King Institute of Preventive Medicine Micro-Biological Section reports 1909-11
Year: 1909
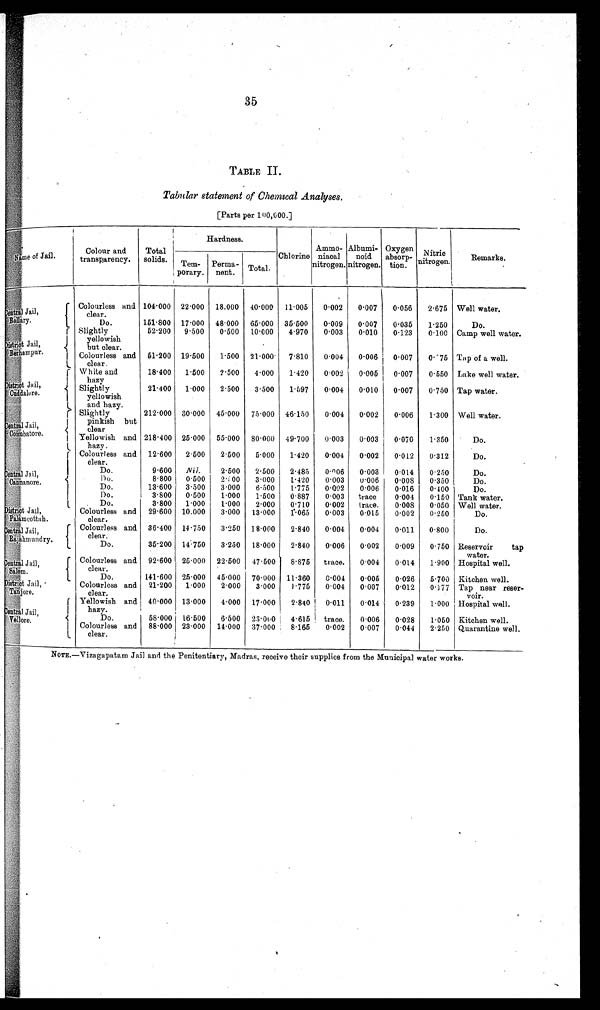
35
TABLE II.
Tabular statement of Chemical Analyses.
[Parts per 100,000.]
Name of j ai l .
Colour and
transparency.
Total
solids.
Hardness.
Chlorine
Ammo
niacal
nitrogen.
Albumi
noid
nitrogen
Oxygen
absorp
tion.
Nitric
nitrogen.
Remarks.
Tem
porary.
Perma
nent. Total.
Sentral Jail,
Bellary.
Colourless and
clear.
104·000 22·000 18·000 40·000 11·005 0·002 0·007 0·056 2·675 Well water,
Do.
151·800 17·000 48·000 65·000 35·500 0·009 0·007 0·035 1·250
Do.
D i s t r i c t J a i l ,
Ber hampur .
Slightly
yellowish
but clear.
52·200 9·500 0·500 10·000 4·970 0·003 0·010 0·123 0·100 Camp well water.
Colourless and
clear.
51·200 19·500 1·500 21·000 7·810 0·004 0·006 0·007 0·75 Tap of a well.
Di st ri ct Jai l ,
Cullalore.
White and
hazy
18·400 1·500 2·500 4·000 1·420 0·002 0·005 0·007 0·550 Lake well water.
Slightly
yellowish
and hazy.
21·400 1·000 2·500 3·500 1·597 0·004 0·010 0·007 0·750 Tap water.
Central Jail,
Coimbatore.
Slightly
pinkish
but clear
212·000 30·000 45·000 75·000 46·150 0·004 0·002 0·006 1·300 Well water.
Yellowish and
hazy.
218·400 25·000 55·000 80.000 49·700 0·003 0·003 0·070 1·350
Do.
Colourless and
clear.
12·600 2·500 2·500 5·000 1·420 0·004 0·002 0·012 0·312
Do.
Central Jail
, Cannanore.
Do.
9·600 Nil. 2·500 2 . 500 2 .485 0·006 0. 003 0. 014 0 . 250
Do.
Do.
8.800 0.500 2·100 3·000 1.420 0.003 0·006 0·008 0·350
Do.
Do.
13·600 3·500 3·000 6·500 1·775 0·002 0·006 0·016 0·400
Do.
Do.
3·800 0·500 1·000 1·500 0·887 0·003 trace 0·004 0·150 Tank water.
Do.
3·800 1·000 1·000 2·000 0·710 0·002 trace. 0·008 0·050 Well water.
District Jail,
Palmcottah.
Colourless and
clear.
29·600 10·000 3·000 13·000 1·065 0·003 0·015 0·002 0·250
Do.
Central Jail,
Rijahmundry.
Colourless and
clear.
36·400 14·750 3·250 18·000 2·840 0·004 0·004 0·011 0·800
Do.
Do.
35·200 14·750 3·250 18·000 2·840 0·006 0·002 0·009 0·750 Reservoir tap
water.
Central Jail,
Salem.
Colourless and
clear.
92·. 6 0 0 25·000 22·500 47·500 8·875 trace. 0·004 0·014 1·900 Hospital well.
Do.
141·600 25·000 45·000 70·000 11·360 0·004 0·005 0·026 5·700 Kitchen well.
District Jail,
Tanjore.
Colourless and
clear.
21·200 1·000 2·000 3·000 1·775 0·004 0·007 0·012 0·077 Tap near reser
voir.
Central Jail,
Vellore.
Yellowish and
hazy.
40·000 13·000 4·000 17·000 2·840 0·011 0·014 0·239 1·000 Hospital well.
Do.
58·000 16·500 6·500 23·000 4·615 trace. 0·006 0·028 1·050 Kitchen well.
Colourless and
clear.
88·000 23·000 14·000 37·000 8·165 0·002 0·007 0·044 2·250 Quarantine well.
NOTE.-Vizagapatam Jail and the Penitentiary, Madras, receive their supplies from the Municipal water works.